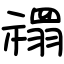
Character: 禤